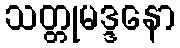
သတ္တုမဒ္ဒနော